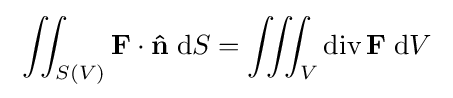
\;\iint _{S(V)}\mathbf {F} \cdot \mathbf {\hat {n}} \;\mathrm {d} S=\iiint _{V}\operatorname {div} \mathbf {F} \;\mathrm {d} V\;